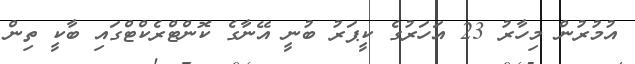
އުމުރުން މިހާރު 23 އަހަރުގެ ކީޕަރު ބުނީ އޭނާގެ ކޮންޓްރެކްޓްގައި ބާކީ ތިން